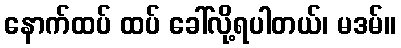
နောက်ထပ် ထပ် ခေါ်လို့ရပါတယ်၊ မဒမ်။